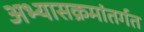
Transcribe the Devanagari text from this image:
अभ्यासक्रमांतर्गत